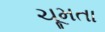
ચૂમતા